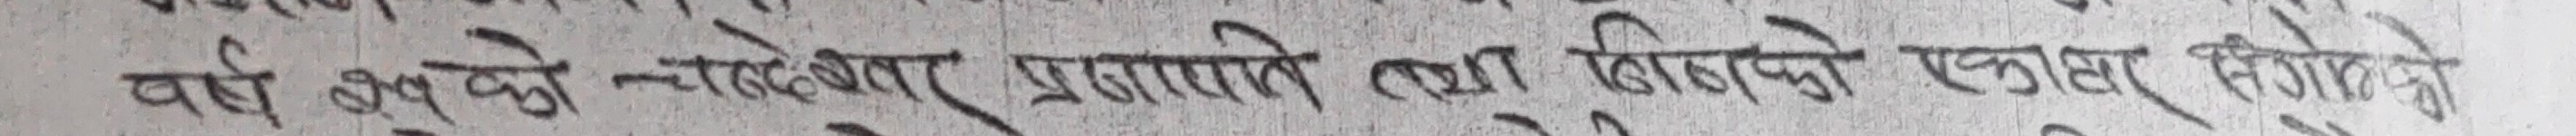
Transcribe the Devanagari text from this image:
यहाँ बुझ्ने-नबुझ्ने प्रशारले तथा बिराजको एकान्न पितृको